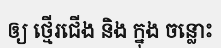
ឲ្យ ថ្មើរជើង និង ក្នុង ចន្លោះ